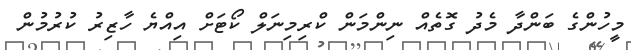
މީހުންގެ ބަންދާ މެދު ގޮތެއް ނިންމަން ކްރިމިނަލް ކޯޓަށް އިއްޔެ ހާޒިރު ކުރުމުން